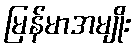
မြန်မာအမျိုး